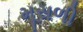
મૂસળી